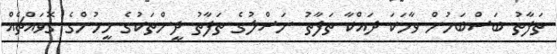
ތަފާތު ބަސްބަހުން ވާހަކަ ދައްކާ ތަފާތު ނަސްލުގެ ތަފާތު ދީންތަކުގެ މީހުންގެ ގޮވައްޗެއް